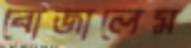
বোজালেম